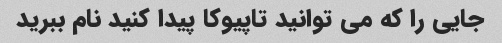
جایی را که می توانید تاپیوکا پیدا کنید نام ببرید